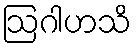
ဩဂါဟသိ